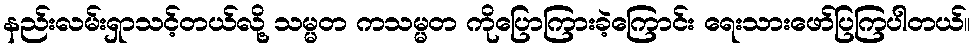
နည်းလမ်းရှာသင့်တယ်လို့ သမ္မတ ကသမ္မတ ကိုပြောကြားခဲ့ကြောင်း ရေးသားဖော်ပြကြပါတယ်။